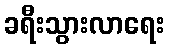
ခရီးသွားလာရေး